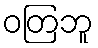
ဝတြဘူ